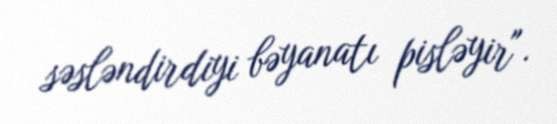
səsləndirdiyi bəyanatı pisləyir".